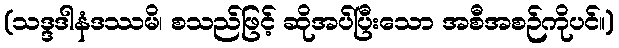
(သဒ္ဒဒါနံဒဿမိ၊ စသည်ဖြင့် ဆိုအပ်ပြီးသော အစီအစဉ်ကိုပင်။)